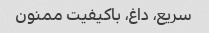
سریع، داغ، باکیفیت ممنون